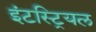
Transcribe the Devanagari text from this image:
इंटस्ट्रियल